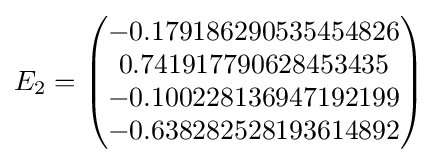
E_{2}={\begin{pmatrix}-0.179186290535454826\\0.741917790628453435\\-0.100228136947192199\\-0.638282528193614892\end{pmatrix}}